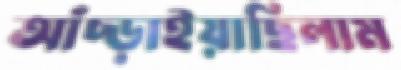
আঁচ্‌ড়াইয়াছিলাম